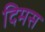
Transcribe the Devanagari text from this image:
दिमस